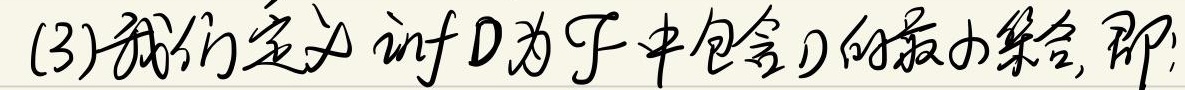
(3)我们定义 \(\inf D\)为\(\mathcal{F}\)中包含\(D\)的最小集合，即：